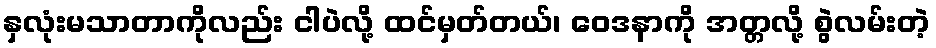
နှလုံးမသာတာကိုလည်း ငါပဲလို့ ထင်မှတ်တယ်၊ ဝေဒနာကို အတ္တလို့ စွဲလမ်းတဲ့